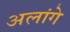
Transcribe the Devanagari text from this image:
अलांगे